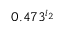
0 . 4 7 3 ^ { i _ { 2 } }